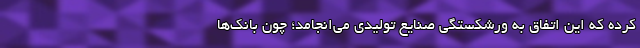
کرده که این اتفاق به ورشکستگی صنایع تولیدی می‌انجامد؛ چون بانک‌ها